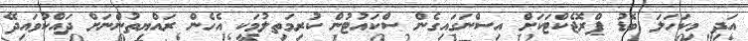
އަދި މިކަހަލަ ބޮޑު ޕްރޮޖެކްޓަކަށް އިސްނަގައިގެން ސްކައުޓުން ކުރިމަތިލުމަކީ އެހެން ރައްޔިތުންނަށް ދައްކުވައިދޭ